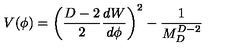
V ( \phi ) = \left( { \frac { D - 2 } { 2 } } { \frac { d W } { d \phi } } \right) ^ { 2 } - { \frac { 1 } { M _ { D } ^ { D - 2 } } }